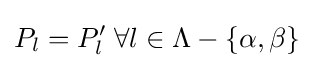
P_{l}=P'_{l}\;\forall l\in \Lambda -\{\alpha ,\beta \}